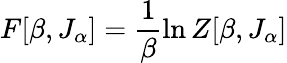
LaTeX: F[\beta,J_{\alpha}]=\frac{1}{\beta}\ln Z[\beta,J_{\alpha}]